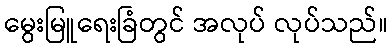
မွေးမြူရေးခြံတွင် အလုပ် လုပ်သည်။